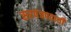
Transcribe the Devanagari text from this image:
सरपंचपदाची